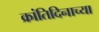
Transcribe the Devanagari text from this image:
क्रांतिदिनाच्या